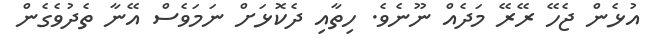
އުޅެން ޖެހޭ ރޭރޭ މަދެއް ނޫނެވެ. ހިތާއި ދެކޮޅަށް ނަމަވެސް އޭނާ ތެދުވެގެން